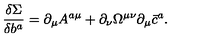
\frac { \delta \Sigma } { \delta b ^ { a } } = \partial _ { \mu } A ^ { a \mu } + \partial _ { \nu } \Omega ^ { \mu \nu } \partial _ { \mu } \bar { c } ^ { a } .